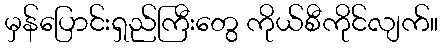
မှန်ပြောင်းရှည်ကြီးတွေ ကိုယ်စီကိုင်လျက်။